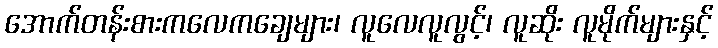
အောက်တန်းစားကလေကချေများ၊ လူလေလူလွင့်၊ လူဆိုး လူမိုက်များနှင့်